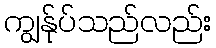
ကျွန်ုပ်သည်လည်း